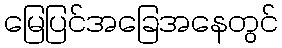
မြေပြင်အခြေအနေတွင်